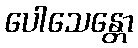
ပေါသေန္တော